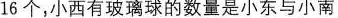
16个，小西有玻璃球的数量是小东与小南